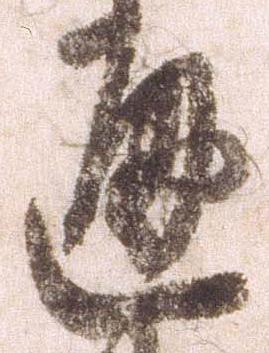
通